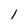
Character: 1